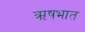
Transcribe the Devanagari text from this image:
ऋषभात